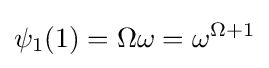
\psi _{1}(1)=\Omega \omega =\omega ^{\Omega +1}